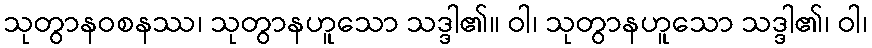
သုတွာနဝစနဿ၊ သုတွာနဟူသော သဒ္ဒါ၏။ ဝါ၊ သုတွာနဟူသော သဒ္ဒါ၏၊ ဝါ၊